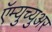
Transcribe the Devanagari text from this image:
ऍम्युच्युअर